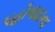
પહોળાઇના